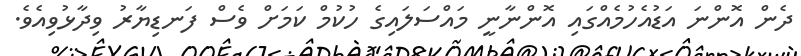
ދެން އޮންނަ އަޑުއެހުމެއްގައި އޮންނާނީ މައްސަލައިގެ ހުކުމް ކަމަށް ވެސް ފަނޑިޔާރު ވިދާޅުވިއެވެ.